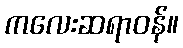
ကလေးဆရာဝန်။